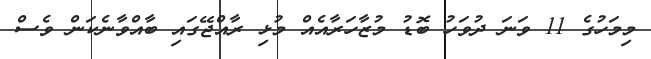
މިމަހުގެ 11 ވަނަ ދުވަހު ބޮޑު މުޒާހަރާއެއް މުޅި ރާއްޖޭގައި ބާއްވާނެކަން ވެސް